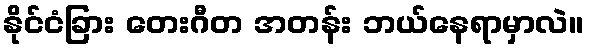
နိုင်ငံခြား တေးဂီတ အတန်း ဘယ်နေရာမှာလဲ။